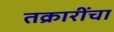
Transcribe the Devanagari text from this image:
तक्रारींचा